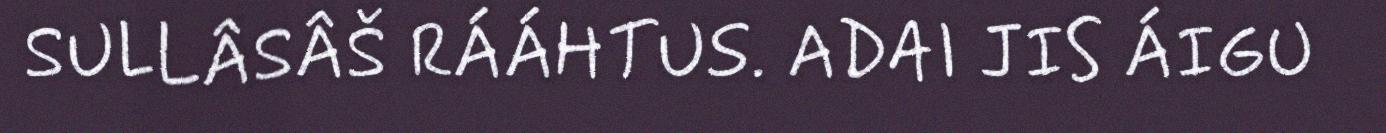
SULLÂSÂŠ RÁÁHTUS. ADAI JIS ÁIGU